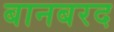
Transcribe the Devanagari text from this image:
बानबरद